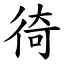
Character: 徛